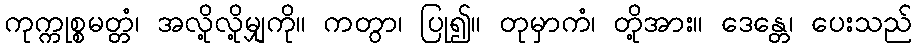
ကုက္ကုစ္စမတ္တံ၊ အလို့လို့မျှကို။ ကတွာ၊ ပြု၍။ တုမှာကံ၊ တို့အား။ ဒေန္တေ၊ ပေးသည်